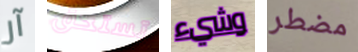
آر تستحق وشيء مضطر